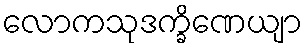
လောကသုဒက္ခိဏေယျာ